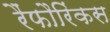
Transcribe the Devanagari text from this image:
रैंफौरिंकस